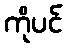
ကိုပင်